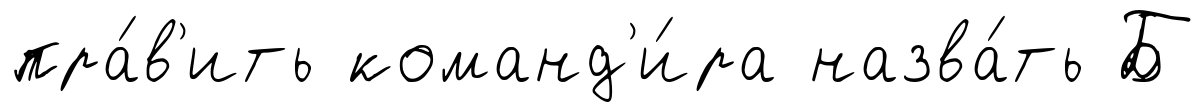
пра́в'ить команд'и́ра назва́ть Б